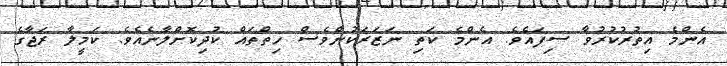
އެންމެ އިތުރުކުރުވާ ސިފައެވެ. އެންމެ ކަތި ނަޒަރަކުންވެސް ހިތްތައް ކުދިކޮށްލާނެއެވެ. ކަމީލާ ރަޖާގެ